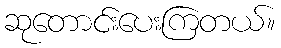
ဆုတောင်းပေးကြတယ်။